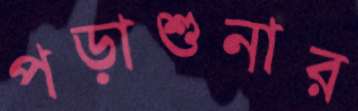
পড়াশুনার